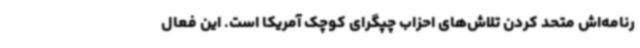
رنامه‌اش متحد کردن تلاش‌های احزاب چپگرای کوچک آمریکا است. این فعال